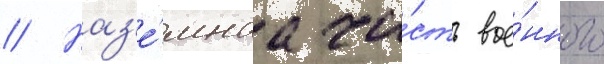
// Наз'е́мнаа ча́сть вое́нного